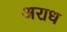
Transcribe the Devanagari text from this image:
अराध